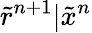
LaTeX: \tilde{r}^{n+1}|\tilde{x}^{n}